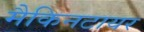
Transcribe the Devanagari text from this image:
मैकिनटायर